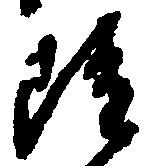
雖